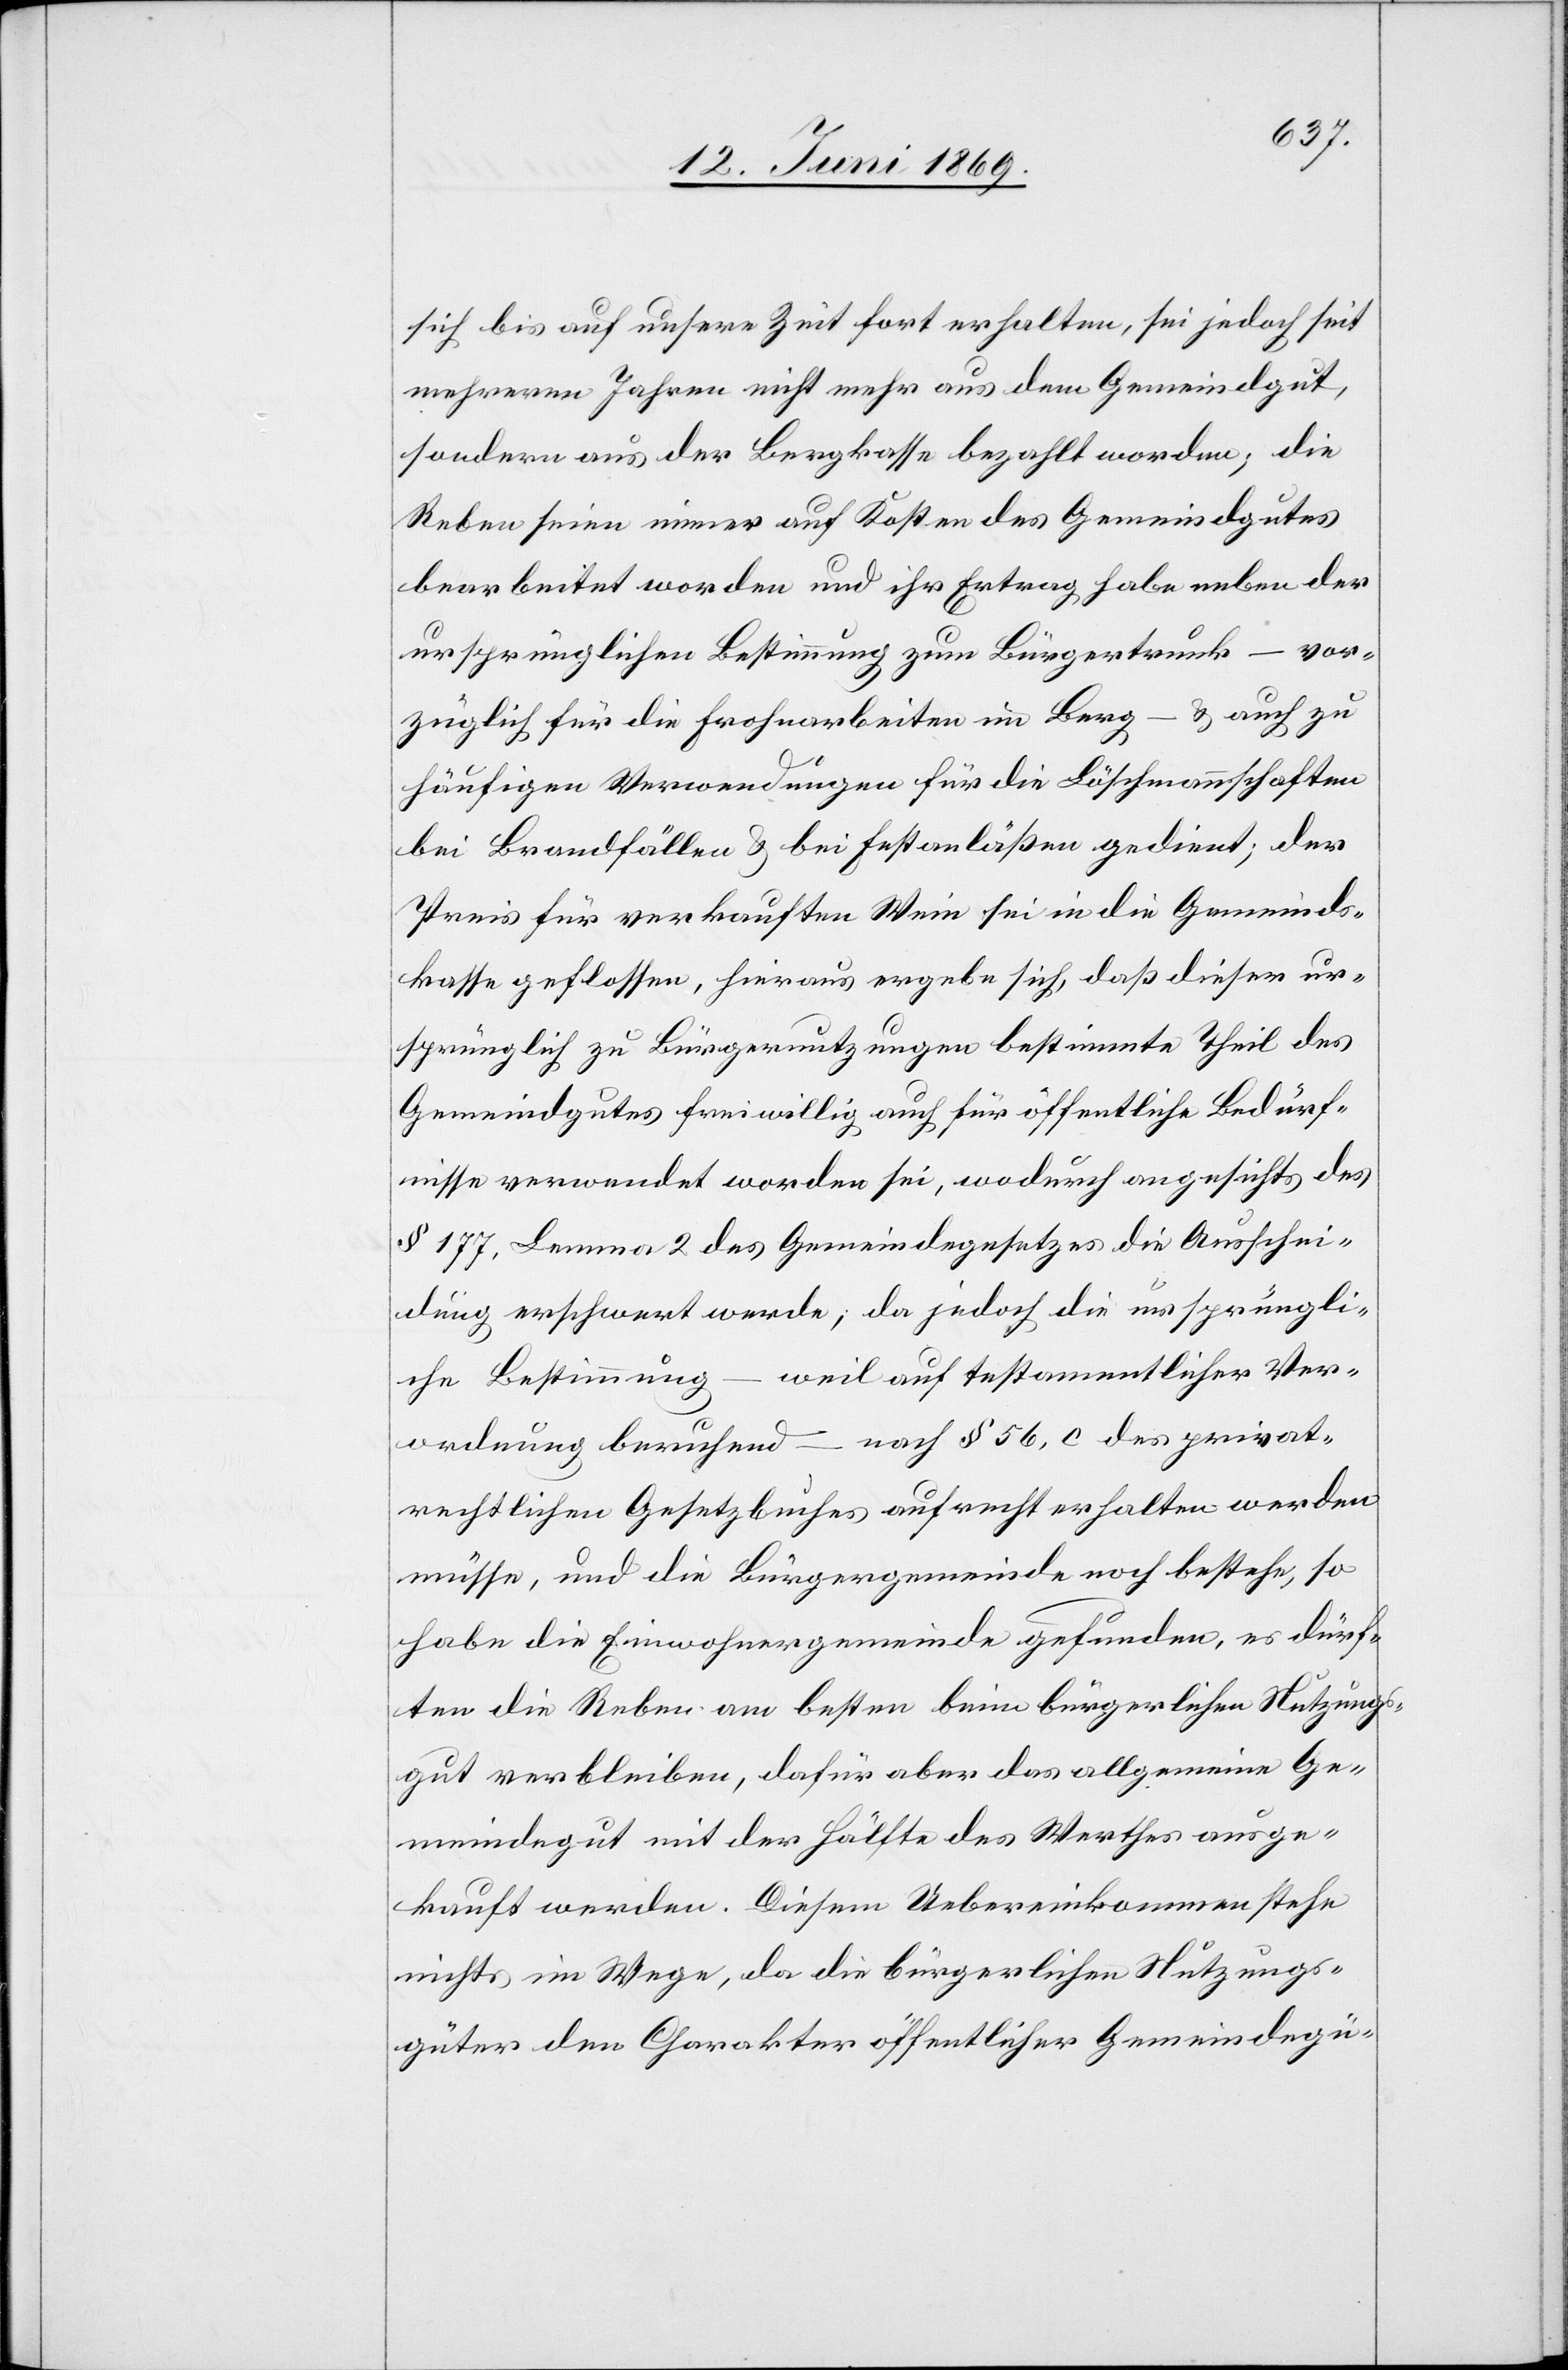
sich bis auf unsere Zeit fort erhalten, sei jedoch seit
mehreren Jahren nicht mehr aus dem Gemeindgut,
sondern aus der Bergkasse bezahlt worden; die
Reben seien immer auf Kosten des Gemeindgutes
bearbeitet worden und ihr Ertrag habe neben der
ursprünglichen Bestimmung zum Bürgertrunk – vor¬
züglich für die Frohnarbeiten im Berg – u. auch zu
häufigen Verwendungen für die Löschmannschaften
bei Brandfällen u. bei Erstanläßen gedient, der
Preis für verkauften Wein sei in die Gemeinds¬
kasse geflossen, hieraus ergebe sich, daß dieser ur¬
sprünglich zu Bürgernutzungen bestimmte Theil des
Gemeindgutes freiwillig auch für öffentliche Bedürf¬
nisse verwendet worden sei, wodurch angesichts des
§ 177, Lemma 2 des Gemeindegesetzes die Ausschei¬
dung erschwert werde, da jedoch die ursprüngli¬
weil auf testamentlicher Ver¬
che Bestimmung
–
ordnung beruhend – nach § 56, c des privat¬
rechtlichen Gesetzbuches aufrecht erhalten werden
müsse, und die Bürgergemeinde noch bestehe, so
habe die Einwohnergemeinde gefunden, es dürf¬
ten die Reben am besten beim bürgerlichen Nutzungs¬
gut verbleiben, dafür aber das allgemeine Ge¬
meindegut mit der Hälfte des Werthes ausge¬
kauft werden. Diesem Uebereinkommen stehe
nichts im Wege, da die bürgerlichen Nutzungs¬
güter dem Charakter öffentlicher Gemeindegü-